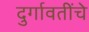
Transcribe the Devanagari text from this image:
दुर्गावतींचे